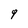
Character: q